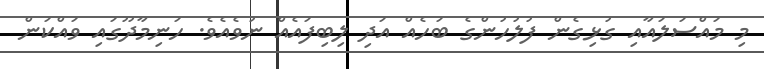
މި މައްސަލައާއި ގުޅިގެން ފުލުހުންގެ ބަހެއް އަދި ލިބިފައެއް ނުވެއެވެ. ހަނިމާދޫގައި ވައްކަން